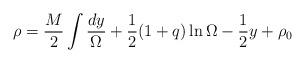
LaTeX: \begin{align*}\rho = \frac{M}{2} \int \frac{dy}{\Omega} + \frac{1}{2} (1+ q)\ln \Omega - \frac{1}{2} y + \rho_0\end{align*}